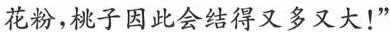
花粉，桃子因此会结得又多又大！”